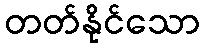
တတ်နိုင်သော